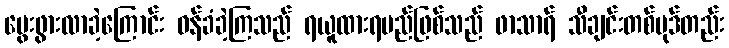
မွေးဖွားလာခဲ့ကြောင်း ဝန်ခံခဲ့ကြသည် ရယူထားရမည်ဖြစ်သည် ဖာသာရ် သီချင်းတစ်ပုဒ်တည်း